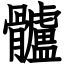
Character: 髗